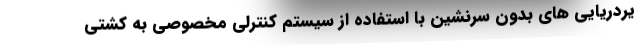
یردریایی های بدون سرنشین با استفاده از سیستم کنترلی مخصوصی به کشتی